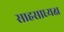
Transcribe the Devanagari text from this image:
साहसाध्यक्ष